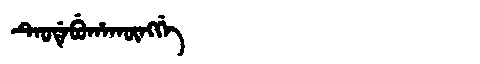
Manchu: ᡨᡝᠣᡩᡝᠪᡠᡥᠠᡴᡡᠩᡤᡝ
Romanization: TEODEBUHAKŪNGGE